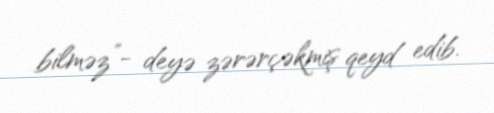
bilməz”- deyə zərərçəkmiş qeyd edib.